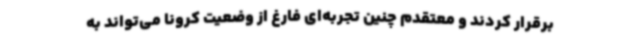
برقرار کردند و معتقدم چنین تجربه‌ای فارغ از وضعیت کرونا می‌تواند به